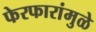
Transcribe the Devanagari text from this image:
फेरफारांमुळे